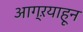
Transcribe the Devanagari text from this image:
आग्ऱयाहून